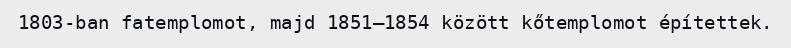
1803-ban fatemplomot, majd 1851–1854 között kőtemplomot építettek.